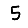
Digit: 5